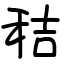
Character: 秸